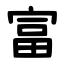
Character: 富